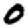
Digit: 0